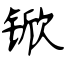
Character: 锨